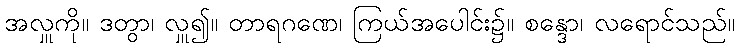
အလှူကို။ ဒတွာ၊ လှူ၍။ တာရဂဏေ၊ ကြယ်အပေါင်း၌။ စန္ဒော၊ လရောင်သည်။